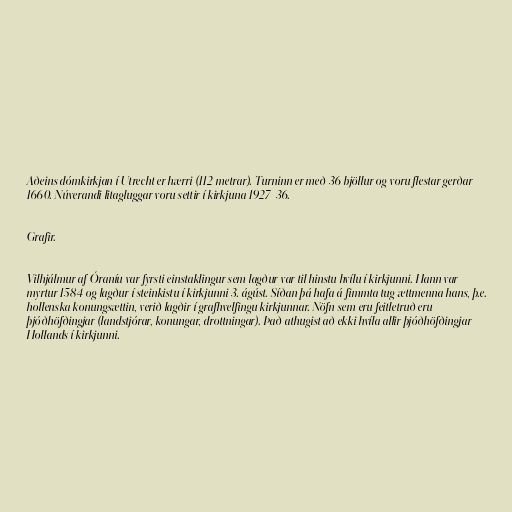
Aðeins dómkirkjan í Utrecht er hærri (112 metrar). Turninn er með 36 bjöllur og voru flestar gerðar
1660. Núverandi litagluggar voru settir í kirkjuna 1927-36.

Grafir.

Vilhjálmur af Óraníu var fyrsti einstaklingur sem lagður var til hinstu hvílu í kirkjunni. Hann var
myrtur 1584 og lagður í steinkistu í kirkjunni 3. ágúst. Síðan þá hafa á fimmta tug ættmenna hans, þ.e.
hollenska konungsættin, verið lagðir í grafhvelfingu kirkjunnar. Nöfn sem eru feitletruð eru
þjóðhöfðingjar (landstjórar, konungar, drottningar). Það athugist að ekki hvíla allir þjóðhöfðingjar
Hollands í kirkjunni.